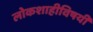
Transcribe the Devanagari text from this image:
लोकशाहीविषयी